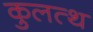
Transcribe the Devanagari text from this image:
कुलत्थ